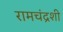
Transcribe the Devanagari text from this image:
रामचंद्रशी